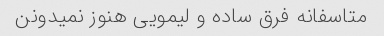
متاسفانه فرق ساده و لیمویی هنوز نمیدونن